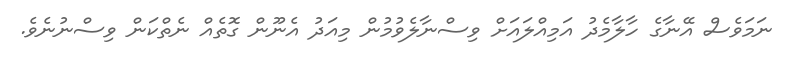
ނަމަވެސް އޭނާގެ ހާލާމެދު އަމިއްލައަށް ވިސްނާލެވުމުން މިއަދު އެނޫން ގޮތެއް ނެތްކަން ވިސްނުނެވެ.